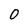
Character: 0